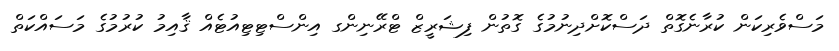
މަސްވެރިކަން ކުރާނެގޮތް ދަސްކޮށްދިނުމުގެ ގޮތުން ފިޝަރީޒް ޓްރޭނިންގ އިންސްޓިޓިއުޓެއް ޤާއިމު ކުރުމުގެ މަސައްކަތް